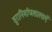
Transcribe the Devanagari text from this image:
सुरानिर्माणशालाएं